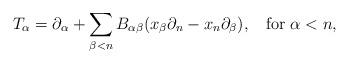
LaTeX: \begin{align*}T_\alpha = \partial_{\alpha} + \sum_{\beta < n} B_{\alpha \beta} (x_{\beta}\partial_{n}-x_{n}\partial_{\beta}), \;\; \mbox{ for } \alpha < n,\end{align*}